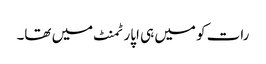
رات کو میں ہی اپارٹمنٹ میں تھا۔